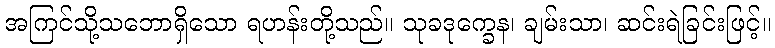
အကြင်သို့သဘောရှိသော ရဟန်းတို့သည်။ သုခဒုက္ခေန၊ ချမ်းသာ၊ ဆင်းရဲခြင်းဖြင့်။